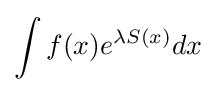
\int f(x)e^{\lambda S(x)}dx